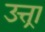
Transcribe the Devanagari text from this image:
उत्त्रा